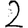
Digit: 2